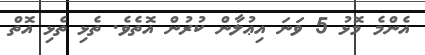
އެންމެ މޮޅު 5 ވަނަ އިޢުލާން ކުރުން އޮތެވެ. ތެޅި ތެޅި އޮތް